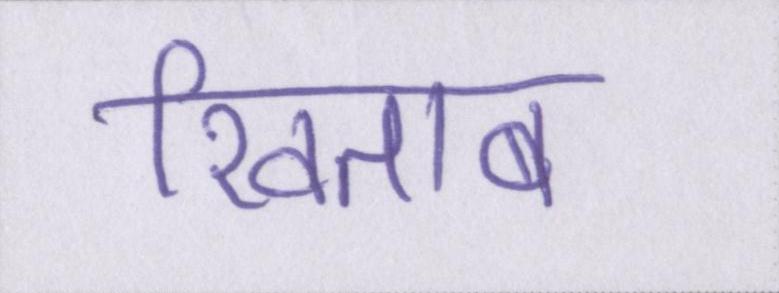
खिताब